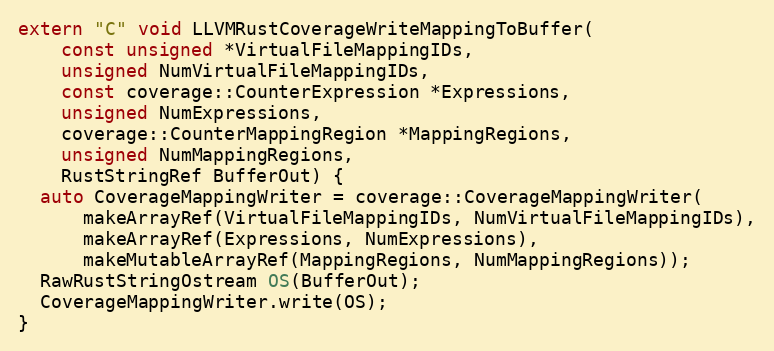
Language: C++
extern "C" void LLVMRustCoverageWriteMappingToBuffer(
    const unsigned *VirtualFileMappingIDs,
    unsigned NumVirtualFileMappingIDs,
    const coverage::CounterExpression *Expressions,
    unsigned NumExpressions,
    coverage::CounterMappingRegion *MappingRegions,
    unsigned NumMappingRegions,
    RustStringRef BufferOut) {
  auto CoverageMappingWriter = coverage::CoverageMappingWriter(
      makeArrayRef(VirtualFileMappingIDs, NumVirtualFileMappingIDs),
      makeArrayRef(Expressions, NumExpressions),
      makeMutableArrayRef(MappingRegions, NumMappingRegions));
  RawRustStringOstream OS(BufferOut);
  CoverageMappingWriter.write(OS);
}